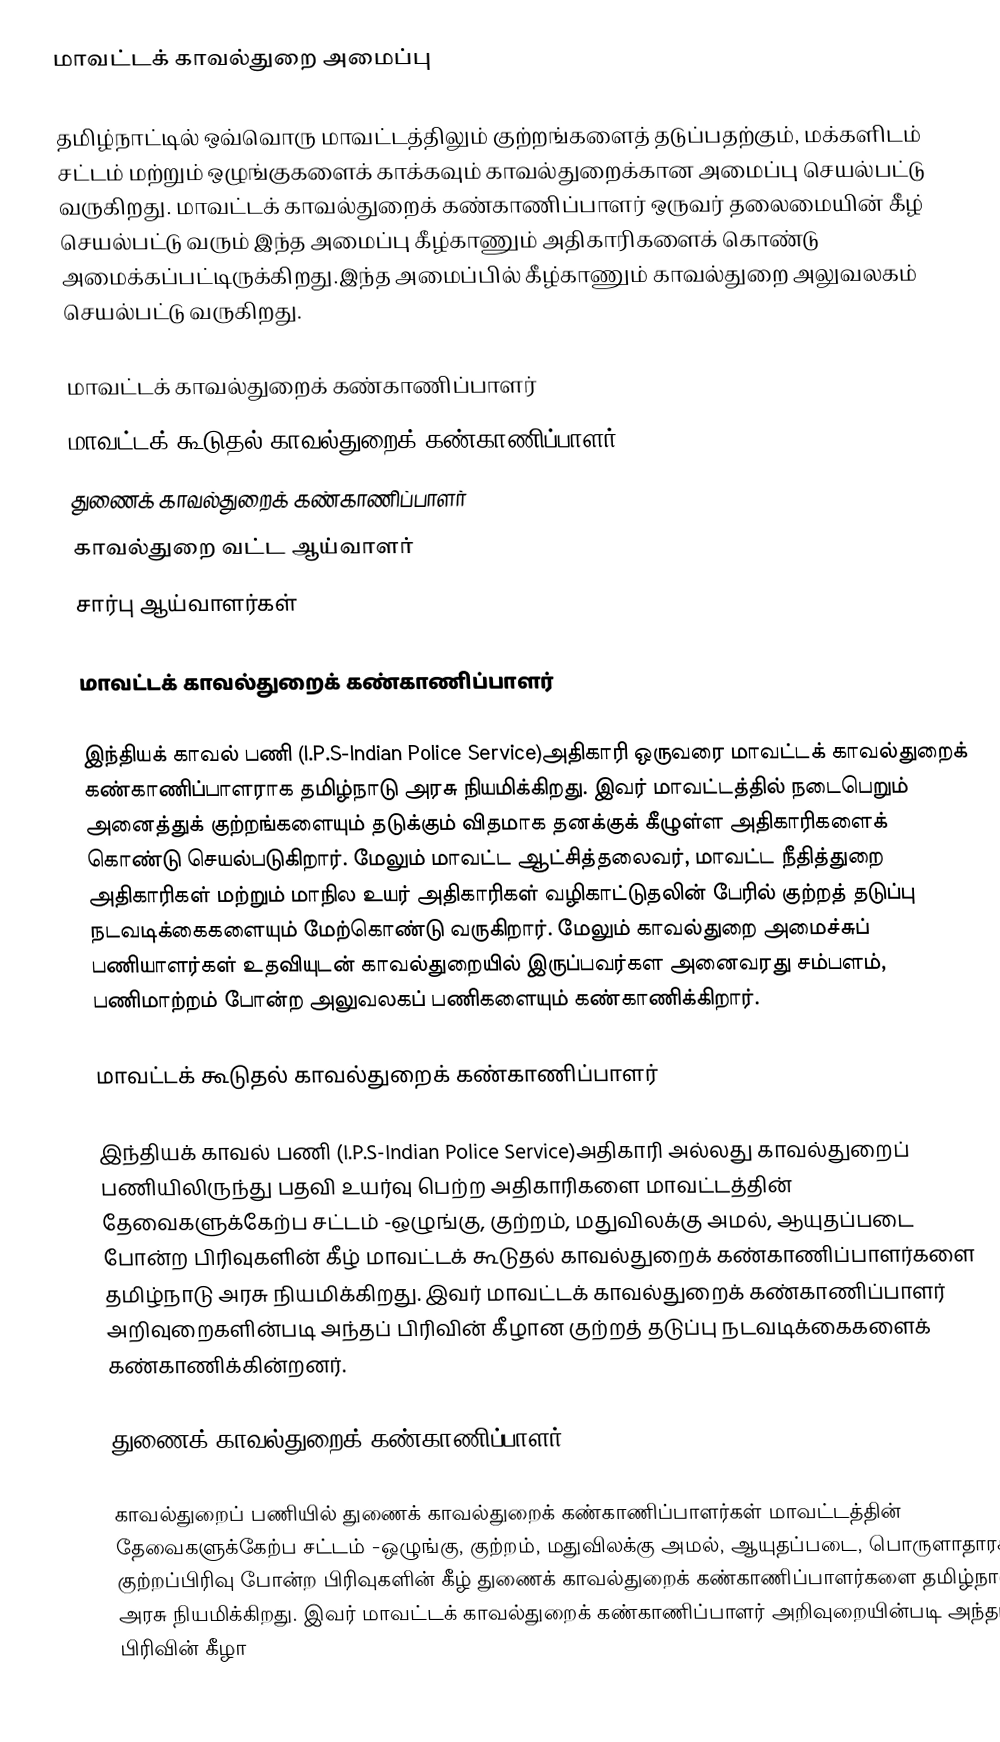
மாவட்டக் காவல்துறை அமைப்பு

தமிழ்நாட்டில் ஒவ்வொரு மாவட்டத்திலும் குற்றங்களைத் தடுப்பதற்கும், மக்களிடம் சட்டம் மற்றும் ஒழுங்குகளைக் காக்கவும் காவல்துறைக்கான அமைப்பு செயல்பட்டு வருகிறது. மாவட்டக் காவல்துறைக் கண்காணிப்பாளர் ஒருவர் தலைமையின் கீழ் செயல்பட்டு வரும் இந்த அமைப்பு கீழ்காணும் அதிகாரிகளைக் கொண்டு அமைக்கப்பட்டிருக்கிறது.இந்த அமைப்பில் கீழ்காணும் காவல்துறை அலுவலகம் செயல்பட்டு வருகிறது.

 மாவட்டக் காவல்துறைக் கண்காணிப்பாளர்
 மாவட்டக் கூடுதல் காவல்துறைக் கண்காணிப்பாளர்
 துணைக் காவல்துறைக் கண்காணிப்பாளர்
 காவல்துறை வட்ட ஆய்வாளர்
 சார்பு ஆய்வாளர்கள்

மாவட்டக் காவல்துறைக் கண்காணிப்பாளர்

இந்தியக் காவல் பணி (I.P.S-Indian Police Service)அதிகாரி ஒருவரை மாவட்டக் காவல்துறைக் கண்காணிப்பாளராக தமிழ்நாடு அரசு நியமிக்கிறது. இவர் மாவட்டத்தில் நடைபெறும் அனைத்துக் குற்றங்களையும் தடுக்கும் விதமாக தனக்குக் கீழுள்ள அதிகாரிகளைக் கொண்டு செயல்படுகிறார். மேலும் மாவட்ட ஆட்சித்தலைவர், மாவட்ட நீதித்துறை அதிகாரிகள் மற்றும் மாநில உயர் அதிகாரிகள் வழிகாட்டுதலின் பேரில் குற்றத் தடுப்பு நடவடிக்கைகளையும் மேற்கொண்டு வருகிறார். மேலும் காவல்துறை அமைச்சுப் பணியாளர்கள் உதவியுடன் காவல்துறையில் இருப்பவர்கள அனைவரது சம்பளம், பணிமாற்றம் போன்ற அலுவலகப் பணிகளையும் கண்காணிக்கிறார்.

மாவட்டக் கூடுதல் காவல்துறைக் கண்காணிப்பாளர்

இந்தியக் காவல் பணி (I.P.S-Indian Police Service)அதிகாரி அல்லது காவல்துறைப் பணியிலிருந்து பதவி உயர்வு பெற்ற அதிகாரிகளை மாவட்டத்தின் தேவைகளுக்கேற்ப சட்டம் -ஒழுங்கு, குற்றம், மதுவிலக்கு அமல், ஆயுதப்படை போன்ற பிரிவுகளின் கீழ் மாவட்டக் கூடுதல் காவல்துறைக் கண்காணிப்பாளர்களை தமிழ்நாடு அரசு நியமிக்கிறது. இவர் மாவட்டக் காவல்துறைக் கண்காணிப்பாளர் அறிவுறைகளின்படி அந்தப் பிரிவின் கீழான குற்றத் தடுப்பு நடவடிக்கைகளைக் கண்காணிக்கின்றனர்.

துணைக் காவல்துறைக் கண்காணிப்பாளர்

காவல்துறைப் பணியில் துணைக் காவல்துறைக் கண்காணிப்பாளர்கள் மாவட்டத்தின் தேவைகளுக்கேற்ப சட்டம் -ஒழுங்கு, குற்றம், மதுவிலக்கு அமல், ஆயுதப்படை, பொருளாதாரக் குற்றப்பிரிவு போன்ற பிரிவுகளின் கீழ் துணைக் காவல்துறைக் கண்காணிப்பாளர்களை தமிழ்நாடு அரசு நியமிக்கிறது. இவர் மாவட்டக் காவல்துறைக் கண்காணிப்பாளர் அறிவுறையின்படி அந்தப் பிரிவின் கீழா